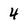
Character: 4